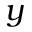
y